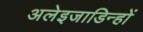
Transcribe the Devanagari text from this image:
अलेइजाडिन्हों